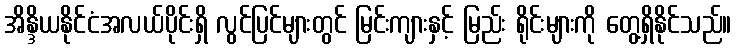
အိန္ဒိယနိုင်ငံအလယ်ပိုင်းရှိ လွင်ပြင်များတွင် မြင်းကျားနှင့် မြည်း ရိုင်းများကို တွေ့ရှိနိုင်သည်။